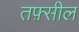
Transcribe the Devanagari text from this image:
तफ़्सील